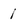
Character: 1